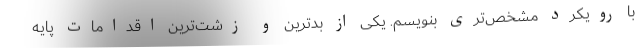
با رویکرد مشخص‌تری بنویسم. یکی از بدترین و زشت‌ترین اقدامات پایه‌